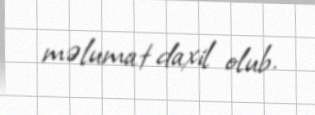
məlumat daxil olub.